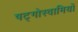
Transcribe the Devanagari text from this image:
षट्गोस्वामियों